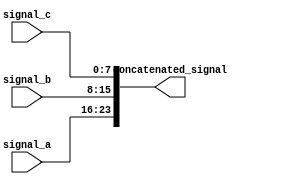
module concatenation_example (
    input [7:0] signal_a,
    input [7:0] signal_b,
    input [7:0] signal_c,
    output [23:0] concatenated_signal
);

assign concatenated_signal = {signal_a, signal_b, signal_c};

endmodule